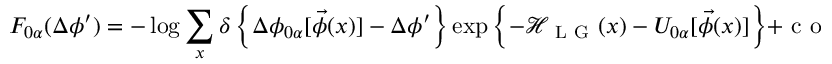
F _ { 0 \alpha } ( \Delta \phi ^ { \prime } ) = - \log \sum _ { x } \delta \left\{ \Delta \phi _ { 0 \alpha } [ \vec { \phi } ( x ) ] - \Delta \phi ^ { \prime } \right\} \exp \left\{ - \mathcal { H } _ { \mathrm { ~ L ~ G ~ } } ( x ) - U _ { 0 \alpha } [ \vec { \phi } ( x ) ] \right\} + \mathrm { ~ c ~ o ~ n ~ s ~ t ~ } . ,